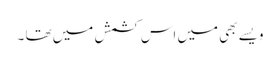
ویسے بھی میں اس کشمش میں تھا ۔